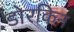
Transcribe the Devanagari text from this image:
डोरकिन